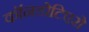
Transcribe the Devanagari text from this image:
कॉनडोटिएरो